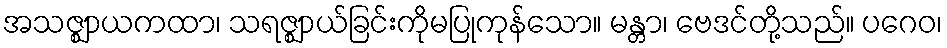
အသဇ္ဈာယကထာ၊ သရဇ္ဈာယ်ခြင်းကိုမပြုကုန်သော။ မန္တာ၊ ဗေဒင်တို့သည်။ ပဂေဝ၊